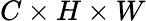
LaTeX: C\times H\times W